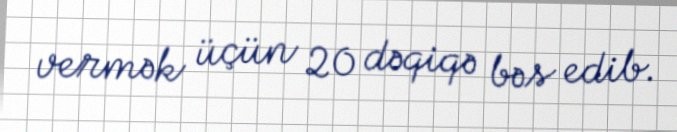
vermək üçün 20 dəqiqə bəs edib.